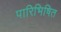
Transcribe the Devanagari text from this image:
पारिभिषित